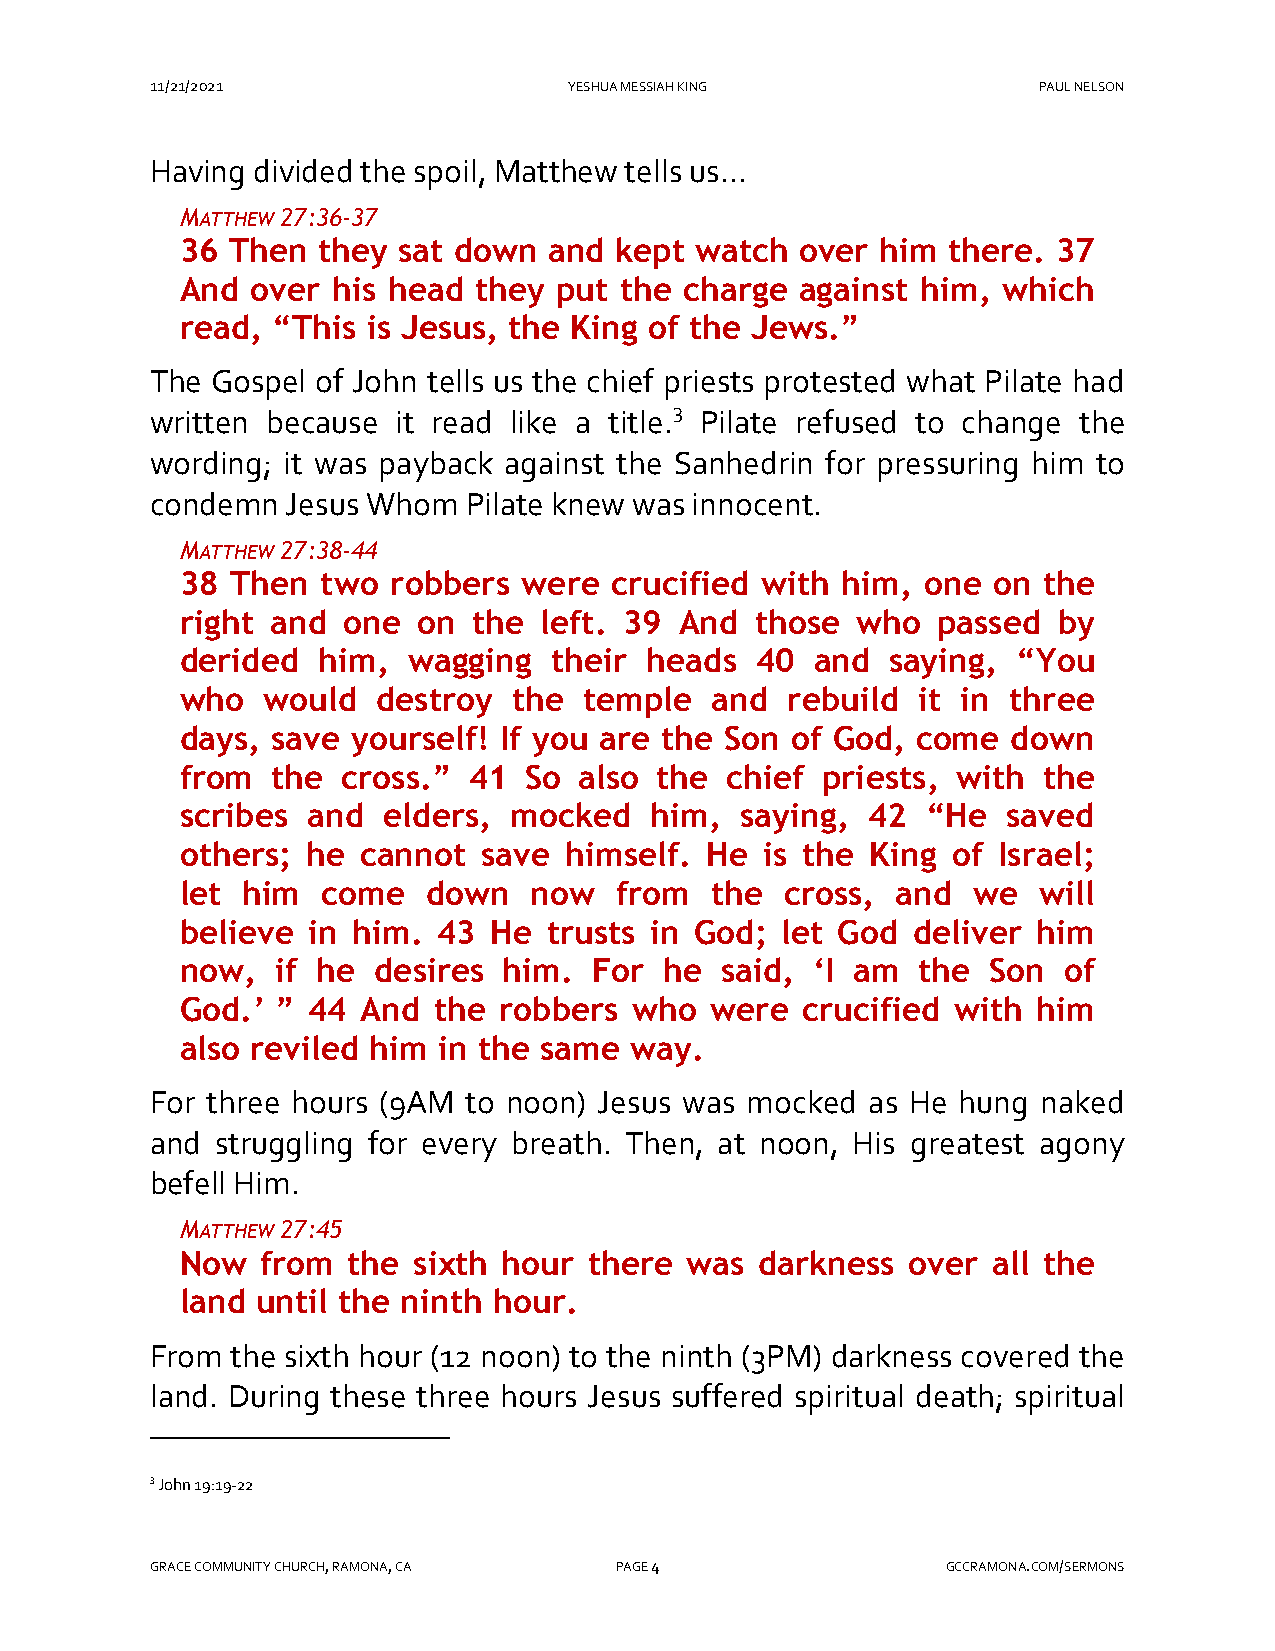
11/21/2021                  YESHUA MESSIAH KING            PAUL NELSON
 Having divided the spoil, Matthew tells us...
 MATTHEW 27:36-37
 36 Then  they sat down  and  kept watch  over him  there. 37
 And  over his head they  put the charge  against him, which
 read, “This is Jesus, the King of the Jews.”
 The Gospel of John tells us the chief priests protested what Pilate had
 3
 written because it read like a title. Pilate refused to change the
 wording; it was payback against the Sanhedrin for pressuring him to
 condemn  Jesus Whom  Pilate knew was innocent.
 MATTHEW 27:38-44
 38 Then  two  robbers  were crucified with  him, one  on the
 right and  one  on the  left. 39 And  those  who  passed  by
 derided  him,  wagging   their heads  40  and  saying, “You
 who  would   destroy  the  temple  and  rebuild  it in three
 days, save yourself! If you are the Son of God,  come  down
 from  the  cross.” 41  So also the  chief priests, with  the
 scribes and  elders,  mocked   him,  saying, 42  “He   saved
 others; he  cannot  save himself.  He  is the King of Israel;
 let him  come   down   now   from  the  cross, and  we   will
 believe in him.  43 He  trusts in God;  let God deliver  him
 now,  if he  desires him.  For  he  said, ‘I am  the  Son of
 God.’ ” 44  And  the robbers  who  were  crucified with  him
 also reviled him in the same  way.
 For three hours (9AM to noon) Jesus was mocked  as He hung naked
 and struggling for every breath. Then, at noon, His greatest agony
 befell Him.
 MATTHEW 27:45
 Now  from  the sixth hour  there was  darkness  over  all the
 land until the ninth hour.
 From the sixth hour (12 noon) to the ninth (3PM) darkness covered the
 land. During these three hours Jesus suffered spiritual death; spiritual
 3 John 19:19-22
 GRACE COMMUNITY CHURCH, RAMONA, CA PAGE 4            GCCRAMONA.COM/SERMONS